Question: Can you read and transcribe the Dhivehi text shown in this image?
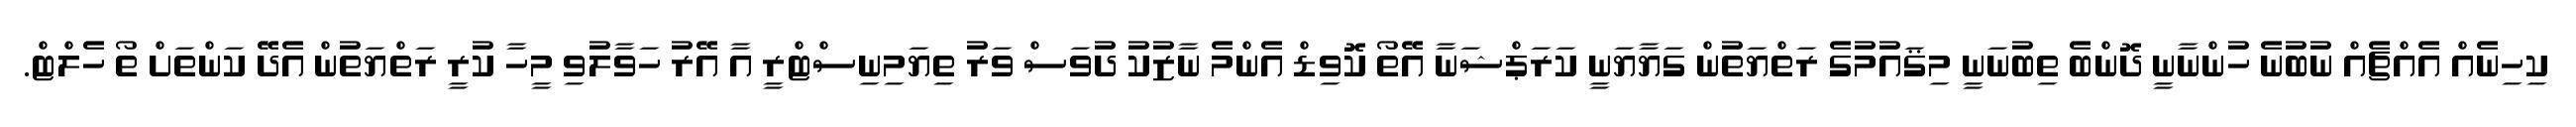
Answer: ކިހިނެއް އެއްޗެއް ނުބުނެ ހުންނާނީ ދޮންބެ ތިބުނަނީ މިޤައުމުގެ ރަތްޔަތުން ގަޔާޔަނީ ކަރަޕްޝަނާ އޭތޯ ކޮވިޑް އެންމެ ނާޒުކު ދުވަސް ވަރު ތިޔަމިނިސްޓްރީ އާ އޭރު ހަވާލުވި މީހާ ކުރީ ރަތްޔަތުން އެދޭ ކަންތަށް ތޯ ހެލްޓް.